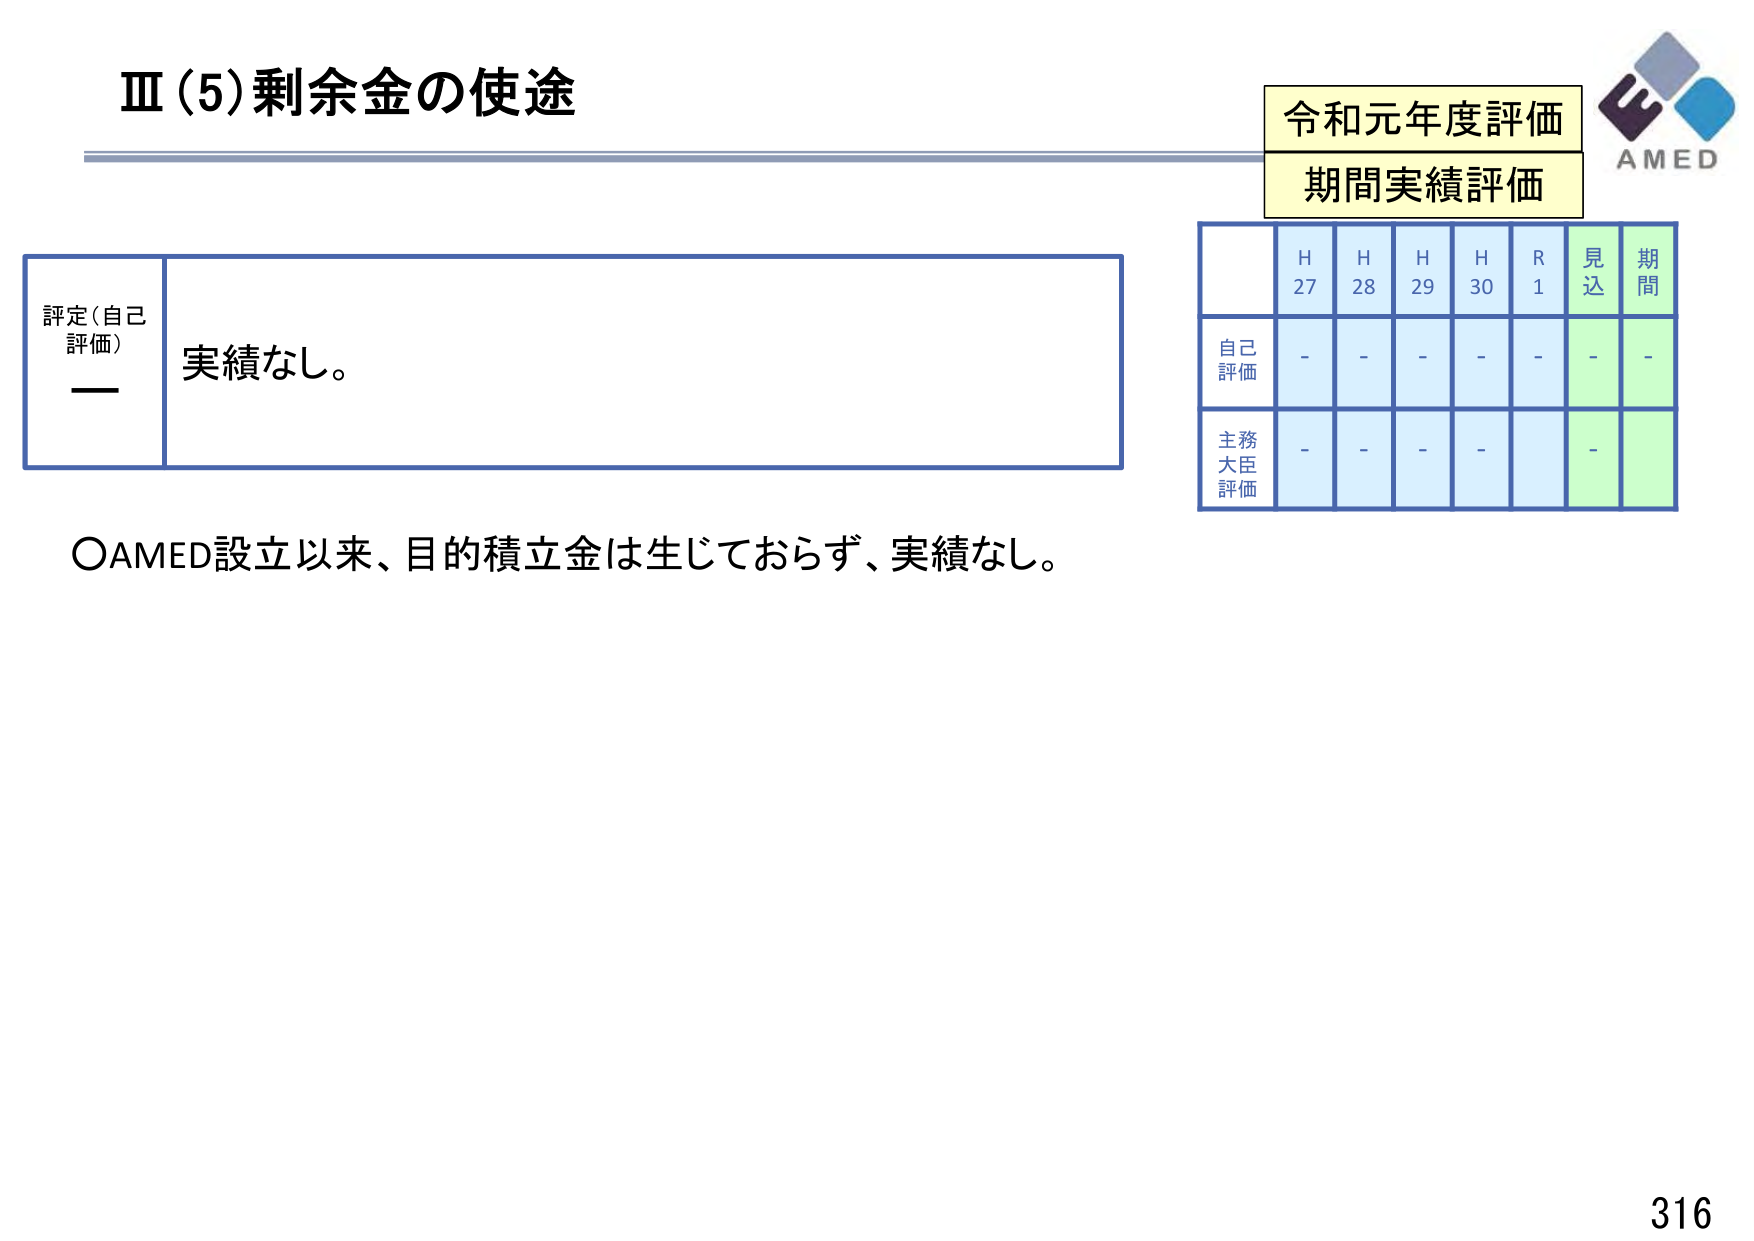
Ⅲ(5)剰余金の使途

令和元年度評価
期間実績評価

評定(自己評価)
実績なし。

H27 H28 H29 H30 R1 見込 期間
自己評価 - - - - - - -
主務大臣評価 - - - - - -

○AMED設立以来、目的積立金は生じておらず、実績なし。

AMED
316